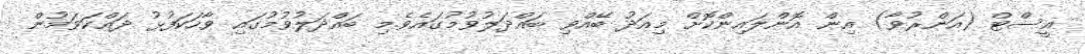
އީސްޓް (އަންރުވާ) އިން އޮންލައިންކޮށް މިއަދު ބޭއްވި ބައްދަލުވުމުގައެވެ.މި ބައްދަލުވުމުގައި ވާހަކަފުޅު ދައްކަވަމުން